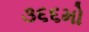
૩૬૬મો